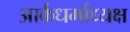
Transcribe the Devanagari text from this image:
आर्कधर्माध्यक्ष